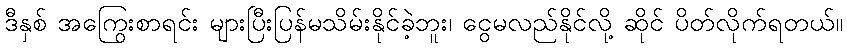
ဒီနှစ် အကြွေးစာရင်း များပြီးပြန်မသိမ်းနိုင်ခဲ့ဘူး၊ ငွေမလည်နိုင်လို့ ဆိုင် ပိတ်လိုက်ရတယ်။